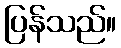
ပြန်သည်။